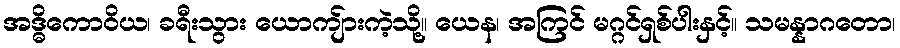
အဒ္ဓိကောဝိယ၊ ခရီးသွား ယောကျ်ားကဲ့သို့။ ယေန၊ အကြင် မဂ္ဂင်ရှစ်ပါးနှင့်။ သမန္နာဂတော၊